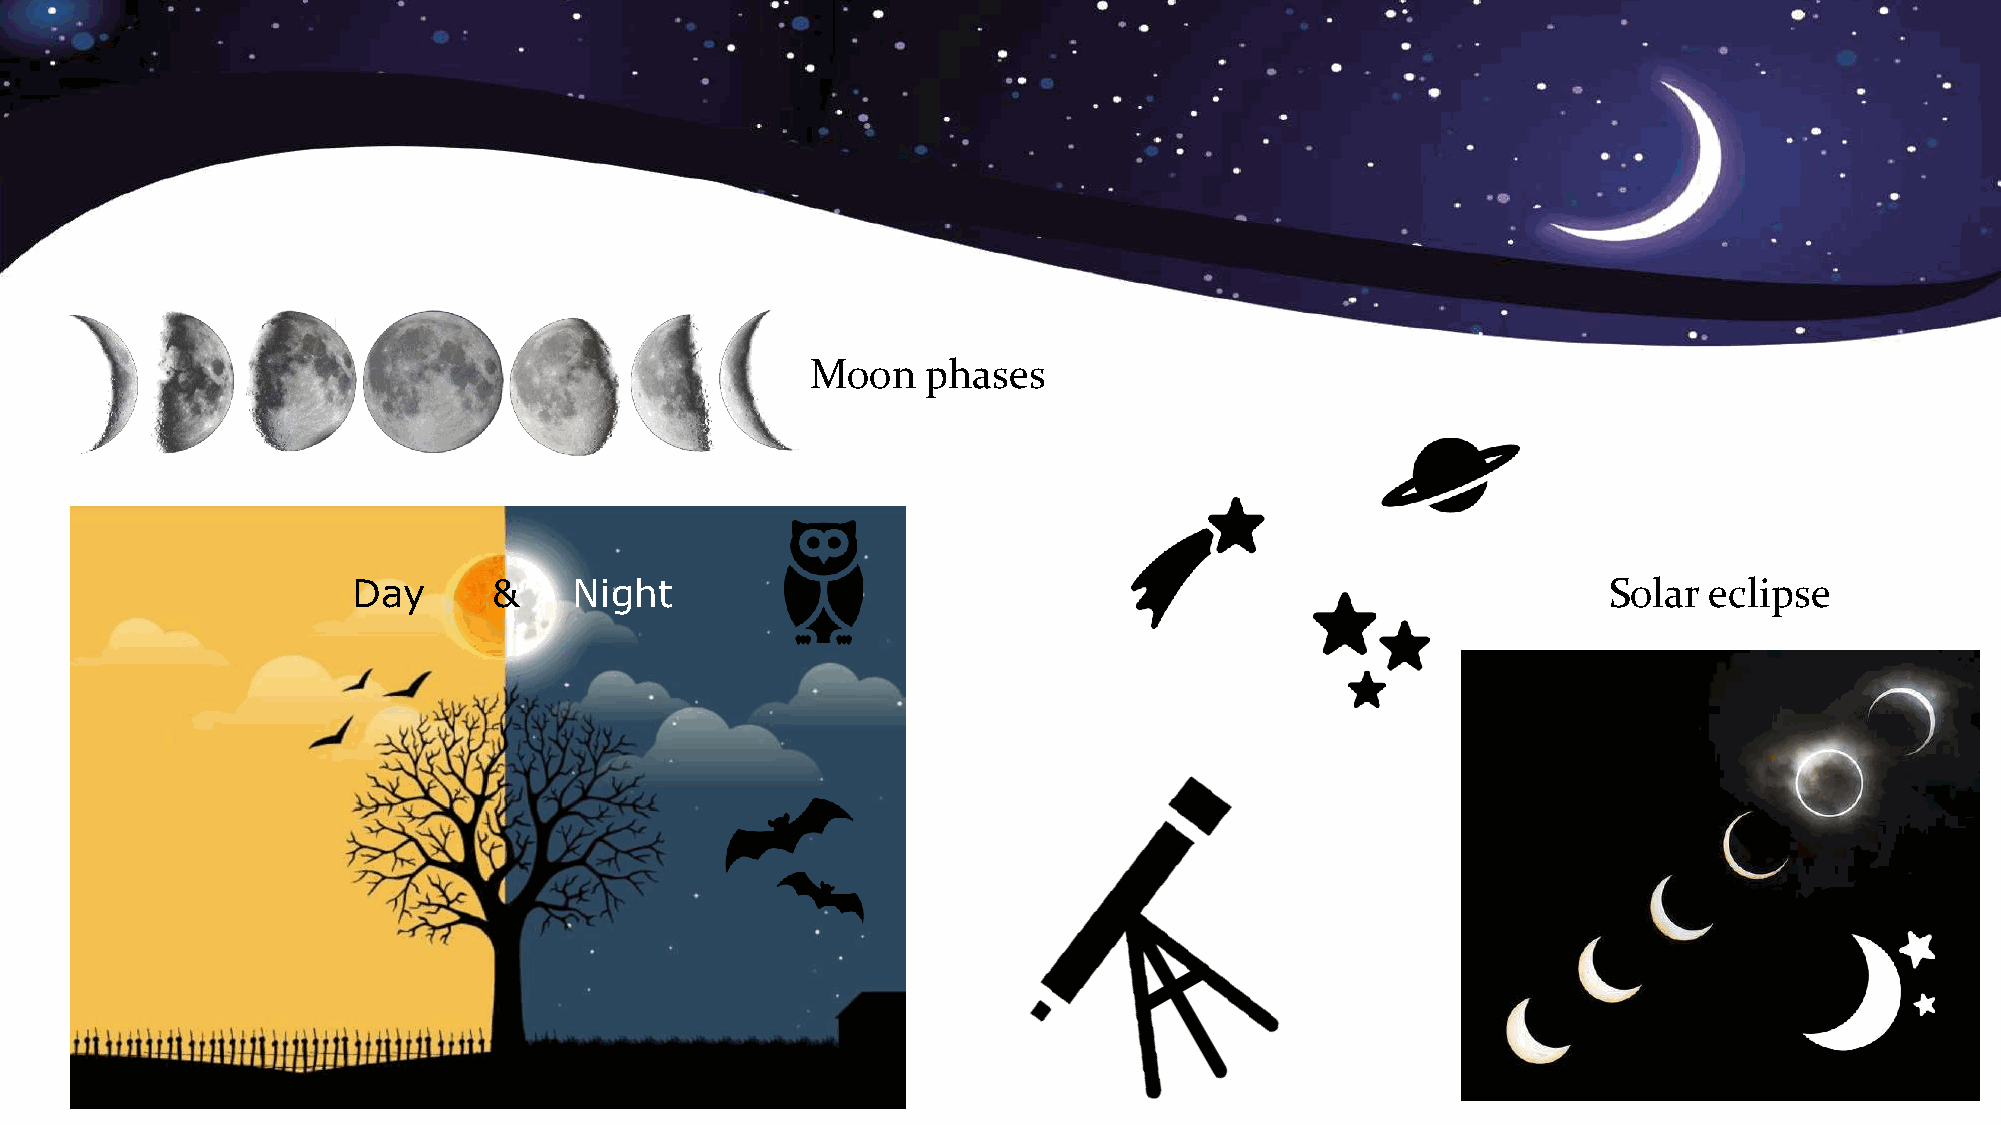
Moon   phases
 Day       &    Night                                                               Solar  eclipse